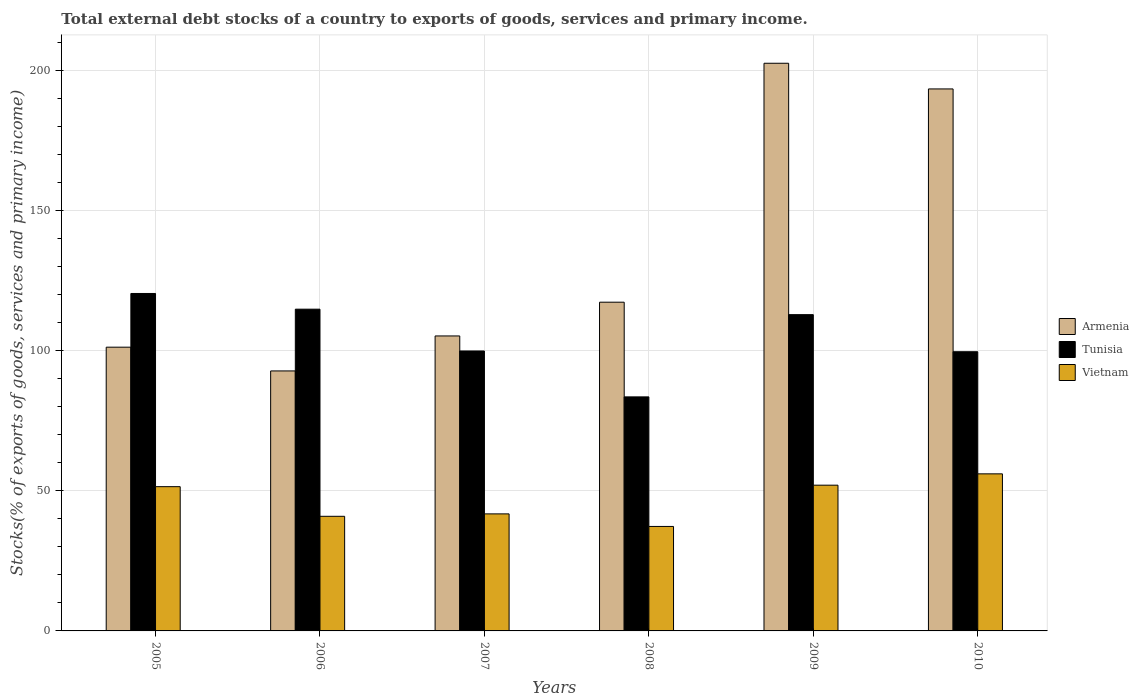
| Years | Armenia | Tunisia | Vietnam |
 | --- | --- | --- | --- |
 | 2005 | 101 | 120 | 51.5 |
 | 2006 | 92.8 | 115 | 40.9 |
 | 2007 | 105 | 99.9 | 41.8 |
 | 2008 | 117 | 83.5 | 37.3 |
 | 2009 | 203 | 113 | 52 |
 | 2010 | 193 | 99.6 | 56 |